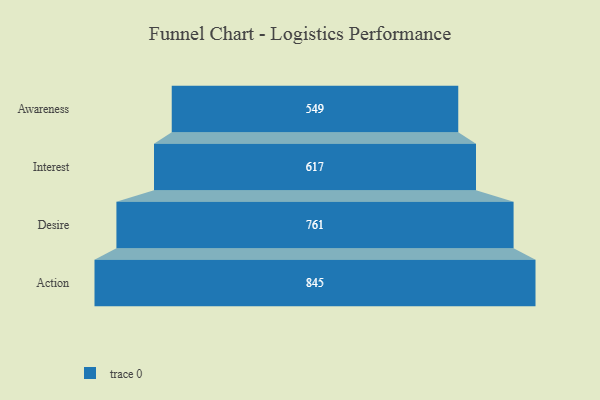
{"axis": {"x": "Stage", "y": "Value"}, "legend": [""], "data": [{"x": "Awareness", "y": 549.0, "type": ""}, {"x": "Interest", "y": 617.0, "type": ""}, {"x": "Desire", "y": 761.0, "type": ""}, {"x": "Action", "y": 845.0, "type": ""}]}